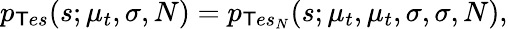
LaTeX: p_{\mathsf{T}es}(s;\mu_{t},\sigma,N)=p_{\mathsf{T}es_{N}}(s;\mu_{t},\mu_{t},\sigma,\sigma,N),